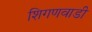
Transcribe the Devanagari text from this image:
शिगणवाडी